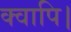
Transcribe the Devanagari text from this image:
क्वापि।